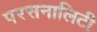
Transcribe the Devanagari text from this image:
परसनालिटी